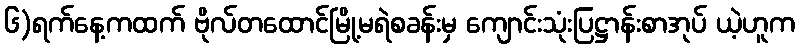
၆)ရက်နေ့ကထက် ဗိုလ်တထောင်မြို့မရဲစခန်းမှ ကျောင်းသုံးပြဋ္ဌာန်းစာအုပ် ယဲ့ဟူက